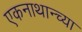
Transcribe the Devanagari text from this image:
एकनाथान्च्या